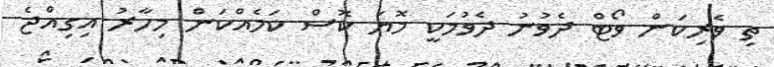
ތި ވެރިކަން ވޯޓް ދެވުނު ދެވުމަކީ މޮޔަ ކޮސް ކަމެއްކަން މިހާރު އިގިއްޖެ